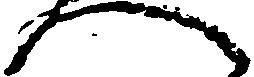
へ